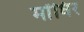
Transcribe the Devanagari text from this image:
मोंघिर